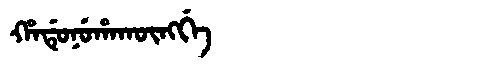
Manchu: ᡥᠠᡩᡠᠨᡠᡥᠠᡴᡡᠩᡤᡝ
Romanization: HADUNUHAKŪNGGE